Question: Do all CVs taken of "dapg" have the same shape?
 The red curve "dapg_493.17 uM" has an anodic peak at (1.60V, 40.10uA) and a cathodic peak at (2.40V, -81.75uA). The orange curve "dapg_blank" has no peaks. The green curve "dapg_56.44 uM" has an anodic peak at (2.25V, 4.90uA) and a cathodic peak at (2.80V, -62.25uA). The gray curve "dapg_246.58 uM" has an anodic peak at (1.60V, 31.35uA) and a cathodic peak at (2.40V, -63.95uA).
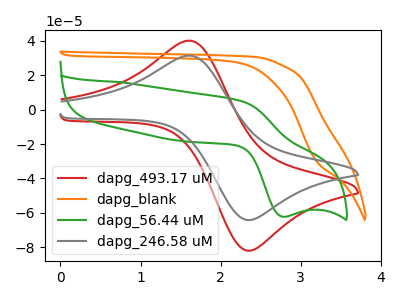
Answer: <think>"dapg_493.17 uM" and "dapg_blank" have a different number of peaks. "dapg_493.17 uM" and "dapg_56.44 uM" have at least one peak that do not match. All the peaks in "dapg_493.17 uM" have a peak in "dapg_246.58 uM" at the same potential. Every peak in "dapg_493.17 uM" is higher than every peak in "dapg_246.58 uM". "dapg_blank" and "dapg_56.44 uM" have a different number of peaks. "dapg_blank" and "dapg_246.58 uM" have a different number of peaks. "dapg_56.44 uM" and "dapg_246.58 uM" have at least one peak that do not match.
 </think>
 <answer>All the CV's of "dapg" have similar shape.</answer>
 <eval>follow_rule</eval>